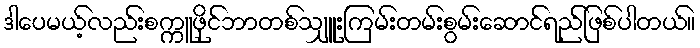
ဒါပေမယ့်လည်းစက္ကူဖိုင်ဘာတစ်သျှူးကြမ်းတမ်းစွမ်းဆောင်ရည်ဖြစ်ပါတယ်။